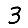
Digit: 3